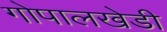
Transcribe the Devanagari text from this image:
गोपालखेडी